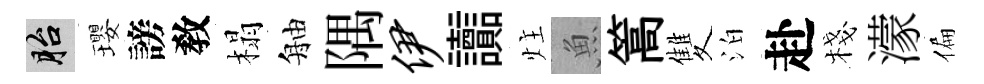
胎瓔謗敎榻舳隅伊讟炷魚篙雙泊赴棧濛偏